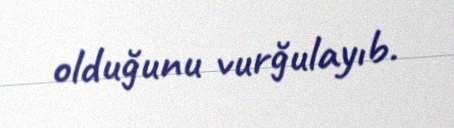
olduğunu vurğulayıb.